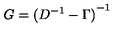
G = { ( D ^ { - 1 } - \Gamma ) } ^ { - 1 }